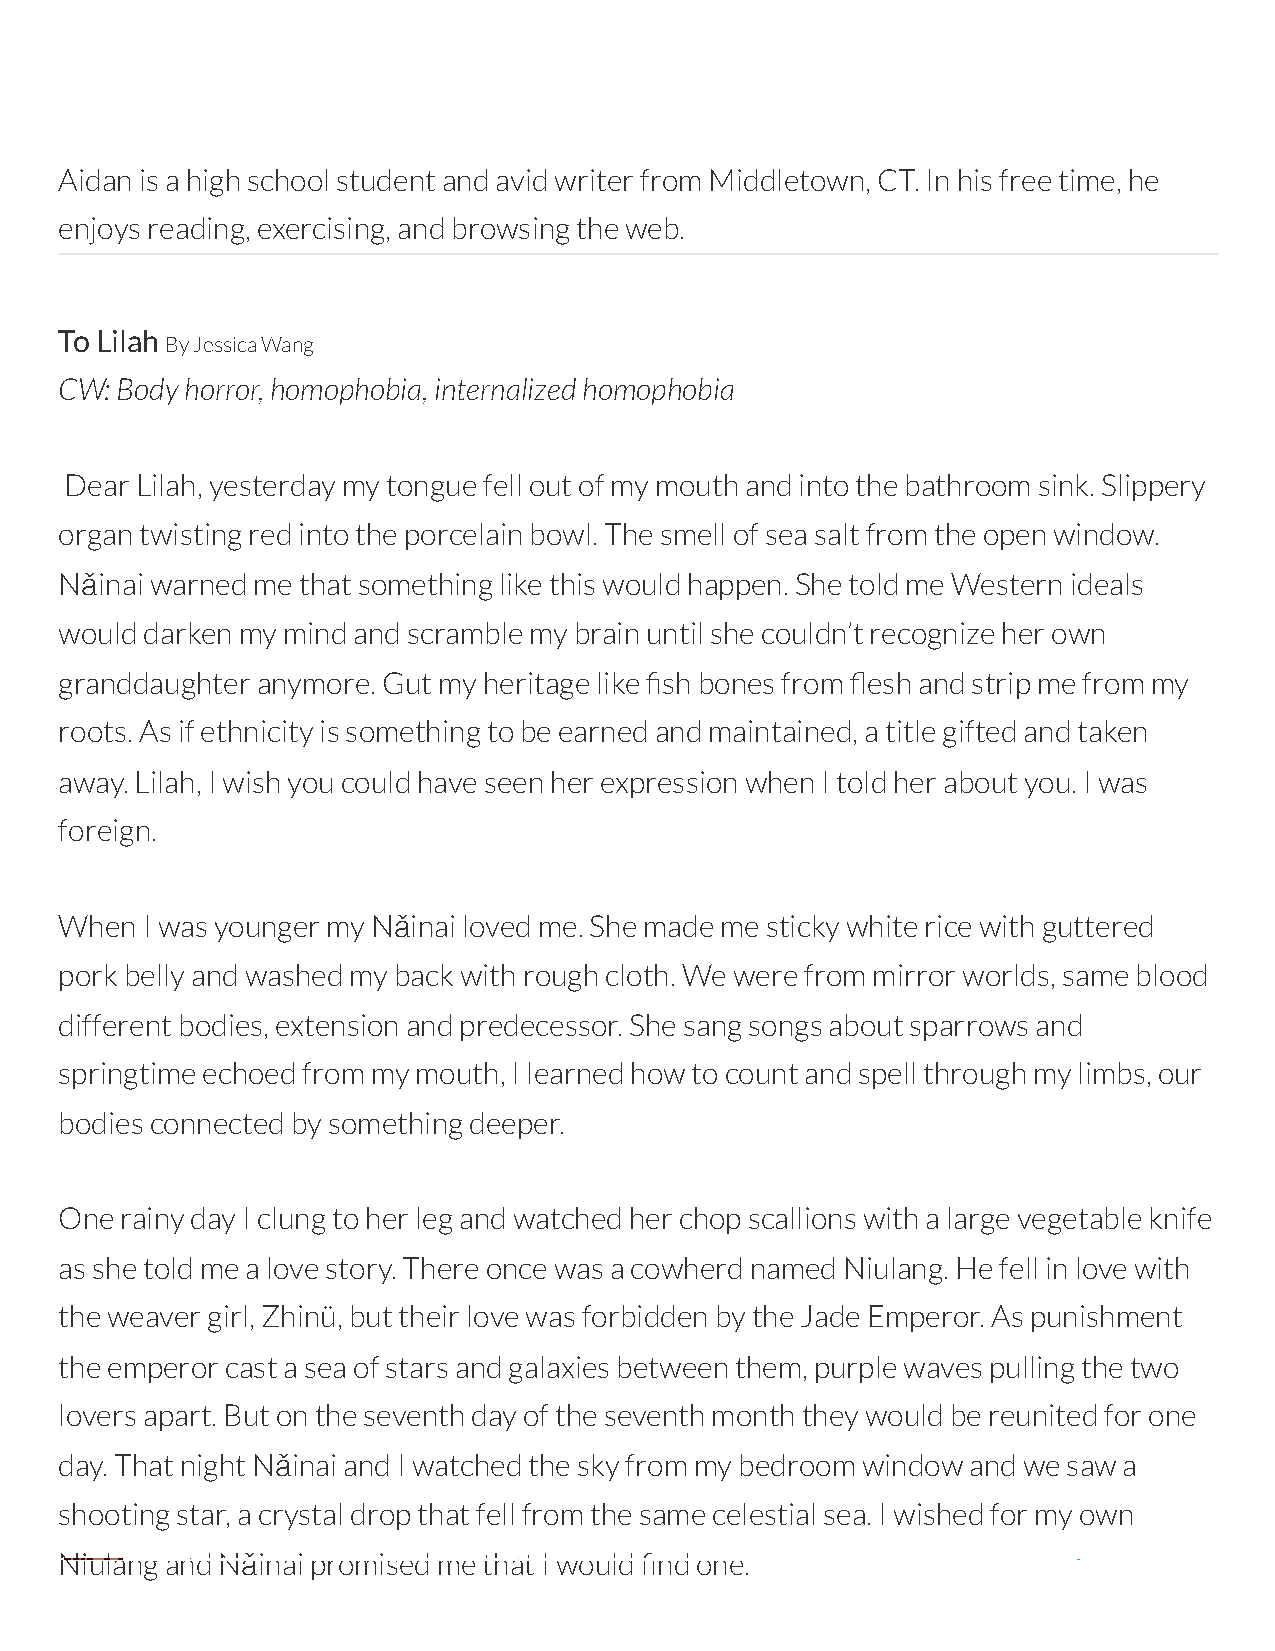
Aidan is a high school student and avid writer from Middletown, CT. In his free time, he
 enjoys reading, exercising, and browsing the web.
 To Lilah
 By Jessica Wang
 CW: Body horror, homophobia, internalized homophobia
 Dear Lilah, yesterday my tongue fell out of my mouth and into the bathroom sink. Slippery
 organ twisting red into the porcelain bowl. The smell of sea salt from the open window.
 Nǎinai warned me that something like this would happen. She told me Western ideals
 would darken my mind and scramble my brain until she couldn’t recognize her own
 granddaughter anymore. Gut my heritage like sh bones from esh and strip me from my
 roots. As if ethnicity is something to be earned and maintained, a title gifted and taken
 away. Lilah, I wish you could have seen her expression when I told her about you. I was
 foreign.
 When I was younger my Nǎinai loved me. She made me sticky white rice with guttered
 pork belly and washed my back with rough cloth. We were from mirror worlds, same blood
 different bodies, extension and predecessor. She sang songs about sparrows and
 springtime echoed from my mouth, I learned how to count and spell through my limbs, our
 bodies connected by something deeper.
 One rainy day I clung to her leg and watched her chop scallions with a large vegetable knife
 as she told me a love story. There once was a cowherd named Niulang. He fell in love with
 the weaver girl, Zhinü, but their love was forbidden by the Jade Emperor. As punishment
 the emperor cast a sea of stars and galaxies between them, purple waves pulling the two
 lovers apart. But on the seventh day of the seventh month they would be reunited for one
 day. That night Nǎinai and I watched the sky from my bedroom window and we saw a
 shooting star, a crystal drop that fell from the same celestial sea. I wished for my own
 Niulang and Nǎinai promised me that I would nd one.